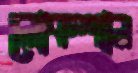
লোকশান